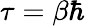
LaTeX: \tau=\beta\hbar